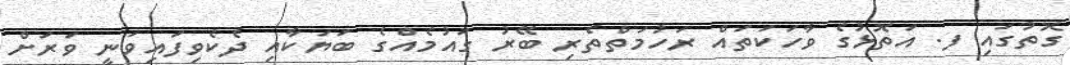
ގޮތުގައި ފ. އަތޮޅުގެ ވާހަކަތައް ރަހުމަތްތެރި ބޭރު ގައުމެއްގެ ބަޔަކާއި ދެކެވިފައިވަނީ ވަރަށް